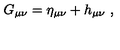
G _ { \mu \nu } = \eta _ { \mu \nu } + h _ { \mu \nu } \ ,